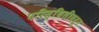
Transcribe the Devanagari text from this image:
परिस्थितीवरून